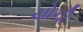
યોચી